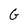
Character: G